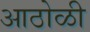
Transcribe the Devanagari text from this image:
आठोळी